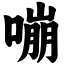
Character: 嘣